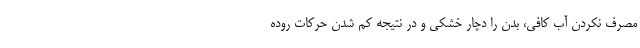
مصرف نکردن آب کافی، بدن را دچار خشکی و در نتیجه کم شدن حرکات روده